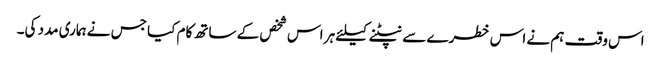
اس وقت ہم نے اس خطرے سے نپٹنے کیلئے ہر اس شخص کے ساتھ کام کیا جس نے ہماری مدد کی۔